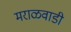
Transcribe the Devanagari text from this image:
मराळवाडी